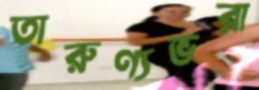
তারুণ্যভরা